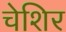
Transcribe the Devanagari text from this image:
चेशिर